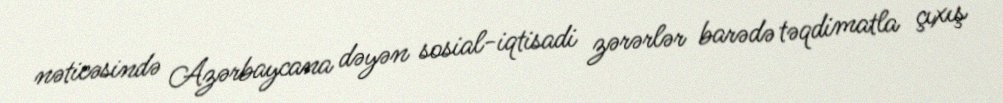
nəticəsində Azərbaycana dəyən sosial-iqtisadi zərərlər barədə təqdimatla çıxış